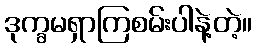
ဒုက္ခမရှာကြစမ်းပါနဲ့တဲ့။